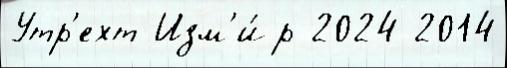
Утр'ехт Изм'и́р 2024 2014